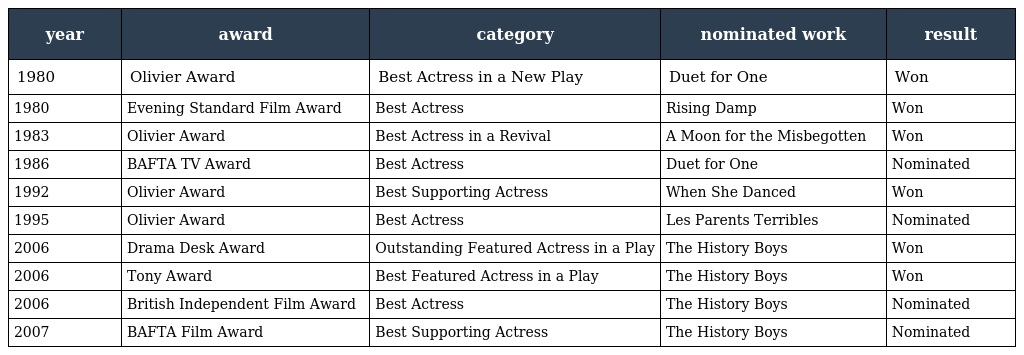
| year | award | category | nominated work | result |
 | --- | --- | --- | --- | --- |
 | 1980 | Olivier Award | Best Actress in a New Play | Duet for One | Won |
 | 1980 | Evening Standard Film Award | Best Actress | Rising Damp | Won |
 | 1983 | Olivier Award | Best Actress in a Revival | A Moon for the Misbegotten | Won |
 | 1986 | BAFTA TV Award | Best Actress | Duet for One | Nominated |
 | 1992 | Olivier Award | Best Supporting Actress | When She Danced | Won |
 | 1995 | Olivier Award | Best Actress | Les Parents Terribles | Nominated |
 | 2006 | Drama Desk Award | Outstanding Featured Actress in a Play | The History Boys | Won |
 | 2006 | Tony Award | Best Featured Actress in a Play | The History Boys | Won |
 | 2006 | British Independent Film Award | Best Actress | The History Boys | Nominated |
 | 2007 | BAFTA Film Award | Best Supporting Actress | The History Boys | Nominated |